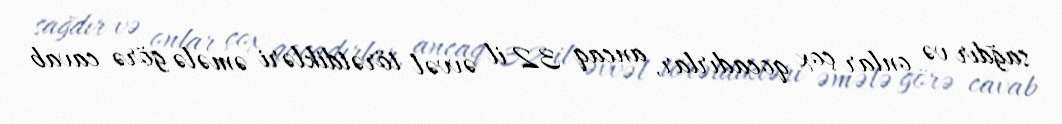
sağdır və onlar çox qocadırlar, ancaq 32 il əvvəl törətdikləri əmələ görə cavab